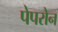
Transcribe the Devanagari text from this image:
पेपरोन